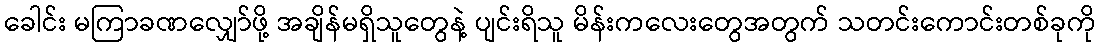
ခေါင်း မကြာခဏလျှော်ဖို့ အချိန်မရှိသူတွေနဲ့ ပျင်းရိသူ မိန်းကလေးတွေအတွက် သတင်းကောင်းတစ်ခုကို